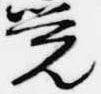
覚